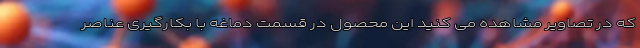
که در تصاویر مشاهده می کنید این محصول در قسمت دماغه با بکارگیری عناصر